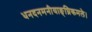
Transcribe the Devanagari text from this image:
धनदनमनीयाङ्‌घ्रिकमले।